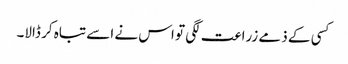
کسی کے ذمے زراعت لگی تو اس نے اسے تباہ کر ڈالا۔